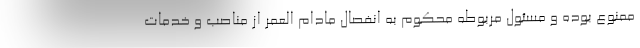
ممنوع بوده و مسئول مربوطه محکوم به انفصال مادام العمر از مناصب و خدمات